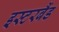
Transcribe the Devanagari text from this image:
इस्टरबैंड